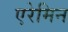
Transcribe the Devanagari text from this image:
एरेमिन